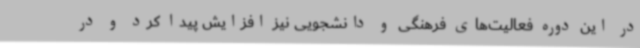
در این دوره فعالیت‌های فرهنگی و دانشجویی نیز افزایش پیدا کرد و در